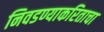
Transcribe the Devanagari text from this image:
निवडण्याकरिताचा